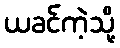
ယခင်ကဲ့သို့